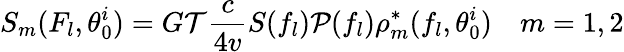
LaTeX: S_{m}(F_{l},\theta_{0}^{i})=G\mathcal{T}\frac{c}{4v}S(f_{l})\mathcal{P}(f_{l})\rho_{m}^{*}(f_{l},\theta_{0}^{i})\quad m=1,2